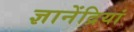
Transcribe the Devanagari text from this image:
ज्ञानेंद्रियां